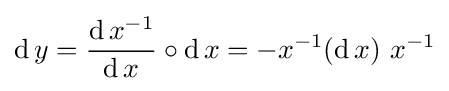
\operatorname {d} y={\frac {\operatorname {d} x^{-1}}{\operatorname {d} x}}\circ \operatorname {d} x=-x^{-1}(\operatorname {d} x)\ x^{-1}